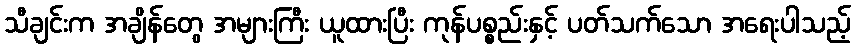
သီချင်းက အချိန်တွေ အများကြီး ယူထားပြီး ကုန်ပစ္စည်းနှင့် ပတ်သက်သော အရေးပါသည့်